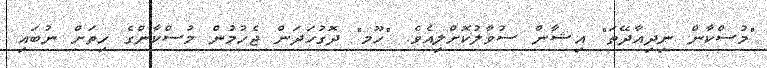
"މުސްކާން ނިދިއާދޭތަ" އިޝާން ސުވާލުކޮށްލިއެވެ. "ހޫމ" ދޮގުހަދަން ޖެހުމުން މުސްކާންގެ ހިތަށް ނުބައި